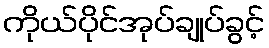
ကိုယ်ပိုင်အုပ်ချုပ်ခွင့်